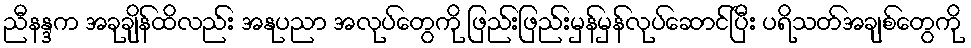
ညီနန္ဒက အခုချိန်ထိလည်း အနုပညာ အလုပ်တွေကို ဖြည်းဖြည်းမှန်မှန်လုပ်ဆောင်ပြီး ပရိသတ်အချစ်တွေကို